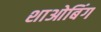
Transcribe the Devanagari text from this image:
शाओबिंग